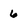
Character: 6